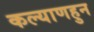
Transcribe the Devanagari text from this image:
कल्याणहुन